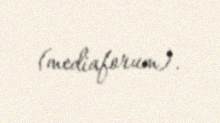
(mediaforum).